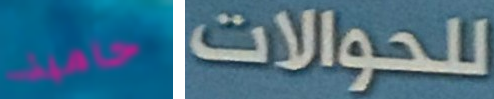
حامية للحوالات